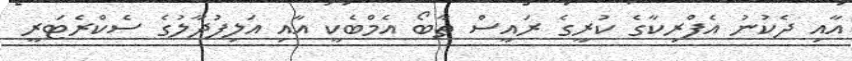
އާއި ދެކުނު އެފްރިކާގެ ކުރީގެ ރައީސް ތާބޯ އެމްބެކީ އާއި އަލިފުދާލުގެ ސެކްރެޓަރީ